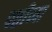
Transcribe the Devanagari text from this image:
पष्ठीच्या